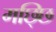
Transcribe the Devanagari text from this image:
मछ्छि